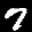
Label: 7